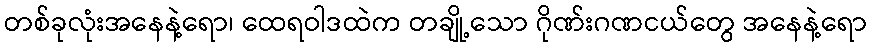
တစ်ခုလုံးအနေနဲ့ရော၊ ထေရဝါဒထဲက တချို့သော ဂိုဏ်းဂဏငယ်တွေ အနေနဲ့ရော